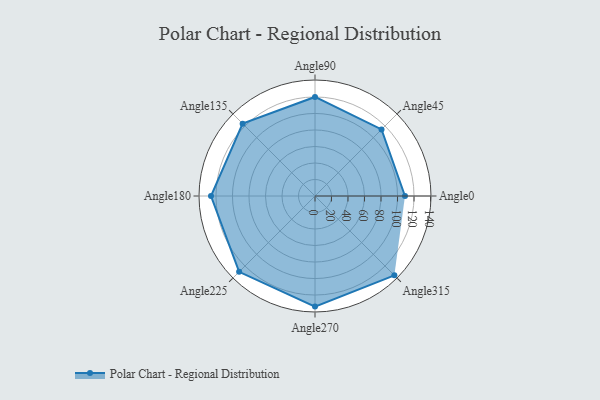
{"axis": {"x": "Angle", "y": "Radius"}, "legend": [""], "data": [{"x": "Angle0", "y": 109.0, "type": ""}, {"x": "Angle45", "y": 114.0, "type": ""}, {"x": "Angle90", "y": 120.0, "type": ""}, {"x": "Angle135", "y": 124.0, "type": ""}, {"x": "Angle180", "y": 126.0, "type": ""}, {"x": "Angle225", "y": 130.0, "type": ""}, {"x": "Angle270", "y": 134.0, "type": ""}, {"x": "Angle315", "y": 136.0, "type": ""}]}